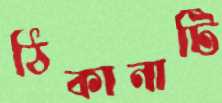
ঠিকানাটি